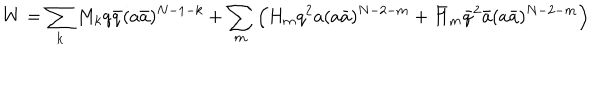
LaTeX: W = \sum _ { k } M _ { k } q \bar { q } ( a \bar { a } ) ^ { N - 1 - k } + \sum _ { m } \Big ( H _ { m } q ^ { 2 } a ( a \bar { a } ) ^ { N - 2 - m } + \bar { H } _ { m } \bar { q } ^ { 2 } \bar { a } ( a \bar { a } ) ^ { N - 2 - m } \Big )